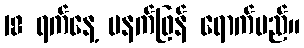
18 ရက်နေ့ မနက်ဖြန် ရောက်မည်။